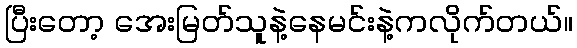
ပြီးတော့ အေးမြတ်သူနဲ့နေမင်းနဲ့ကလိုက်တယ်။